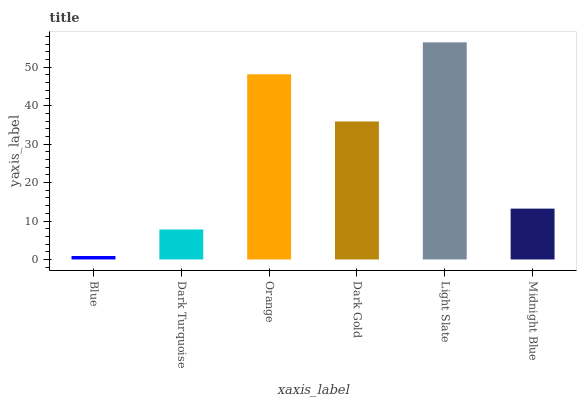
| xaxis_label | bars |
 | --- | --- |
 | Blue | 0.897 |
 | Dark Turquoise | 7.8 |
 | Orange | 48.2 |
 | Dark Gold | 35.9 |
 | Light Slate | 56.5 |
 | Midnight Blue | 13.2 |